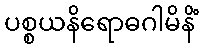
ပစ္စယနိရောဓဂါမိနိံ